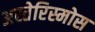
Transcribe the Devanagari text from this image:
अस्तेरिस्मोस